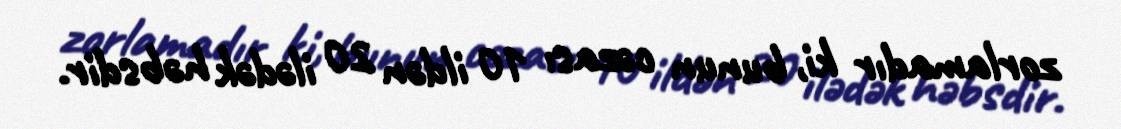
zorlamadır ki, bunun cəzası 10 ildən 20 ilədək həbsdir.